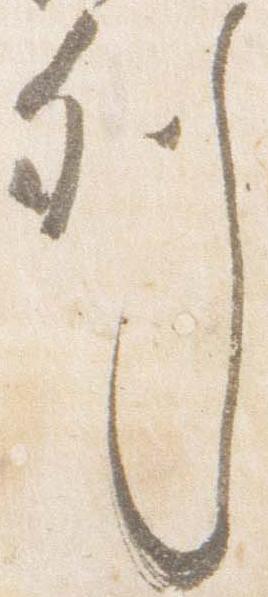
列